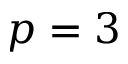
p = 3